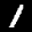
Label: 1